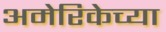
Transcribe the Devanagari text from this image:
अमेरिकेच्या